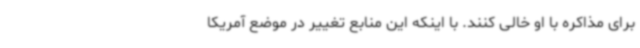
برای مذاکره با او خالی کنند. با اینکه این منابع تغییر در موضع آمریکا